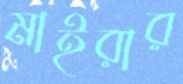
মাইরার